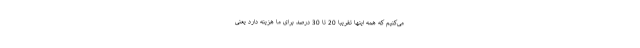
می‌کنیم که همه اینها تقریبا 20 تا 30 درصد برای ما هزینه دارد یعنی